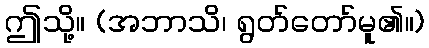
ဤသို့။ (အဘာသိ၊ ရွတ်တော်မူ၏။)